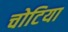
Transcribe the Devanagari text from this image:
चोटिया